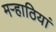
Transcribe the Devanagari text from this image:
मऱ्हाठियां